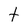
Character: t